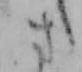
さ